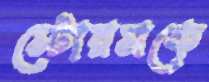
স্টোরসকে